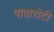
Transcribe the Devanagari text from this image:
पावारोटी